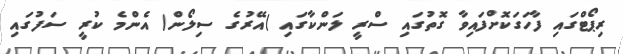
ރިޕޯޓްގައި ފާހަގަކޮށްފައިވާ ގޮތުގައި ސްރީ ލަންކާގައި )އޭރުގެ ސިލޯން( އެންމެ ކުރީ ސަފުގައި